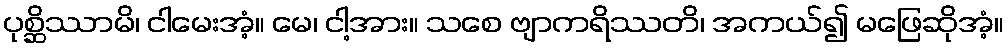
ပုစ္ဆိဿာမိ၊ ငါမေးအံ့။ မေ၊ ငါ့အား။ သစေ ဗျာကရိဿတိ၊ အကယ်၍ မဖြေဆိုအံ့။